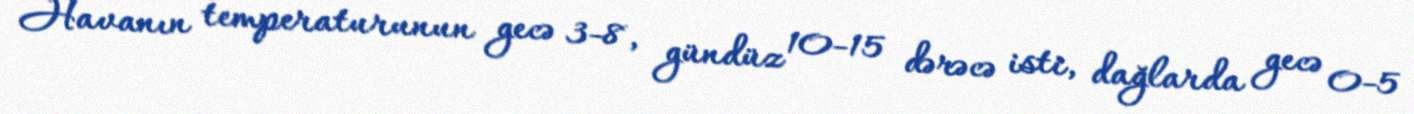
Havanın temperaturunun gecə 3-8, gündüz 10-15 dərəcə isti, dağlarda gecə 0-5